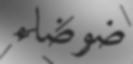
ضوضاء